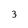
Character: 3